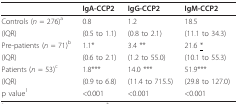
|  | IgA-CCP2 | IgG-CCP2 | IgM-CCP2 |
 | --- | --- | --- | --- |
 | Controls (n = 276)a | 0.8 | 1.2 | 18.5 |
 | (IQR) | (0.5 to 1.1) | (0.8 to 2.1) | (11.1 to 34.3) |
 | Pre-patients (n = 71)b | 1.1* | 3.4 ** | 21.6 <underline>*</underline> |
 | (IQR) | (0.6 to 2.1) | (1.2 to 55.0) | (10.1 to 55.3) |
 | Patients (n = 53)c | 1.8*** | 14.0 *** | 51.9*** |
 | (IQR) | (0.9 to 6.8) | (11.4 to 715.5) | (29.8 to 127.0) |
 | p value1 | <0.001 | <0.001 | <0.001 |